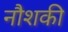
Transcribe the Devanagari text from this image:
नौशकी